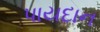
પાયદાન